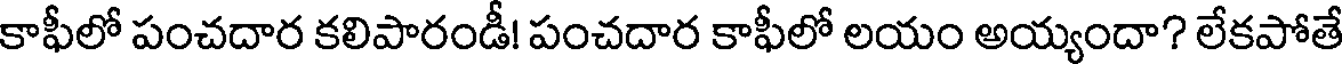
కాఫీలో పంచదార కలిపారండీ! పంచదార కాఫీలో లయం అయ్యందా? లేకపోతే